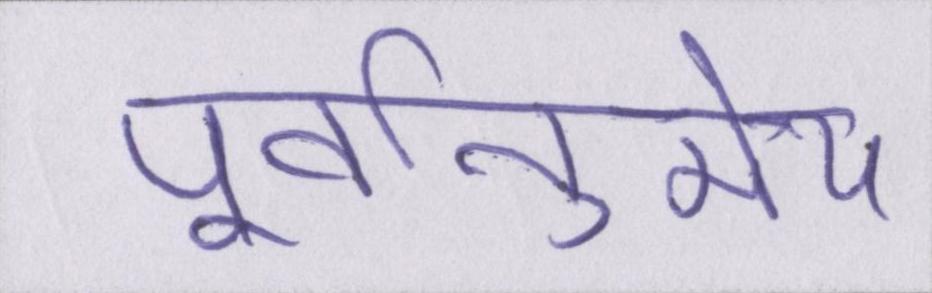
पूर्वानुमेय